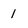
Character: I